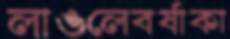
লাঙলেবর্ষাকা